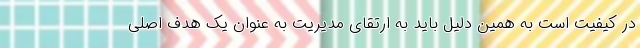
در کیفیت است به همین دلیل باید به ارتقای مدیریت به عنوان یک هدف اصلی